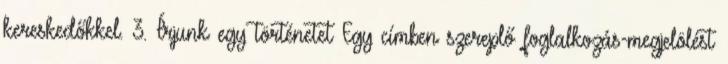
kereskedőkkel. 3. Írjunk egy történetet Egy címben szereplő foglalkozás-megjelölést